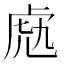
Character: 𧆬